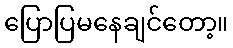
ပြောပြမနေချင်တော့။